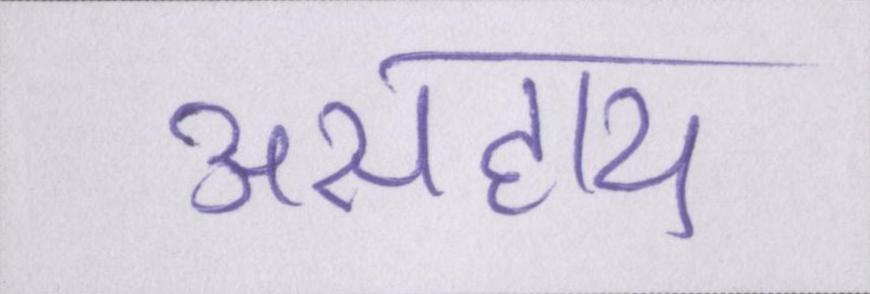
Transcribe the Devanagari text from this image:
असहाय